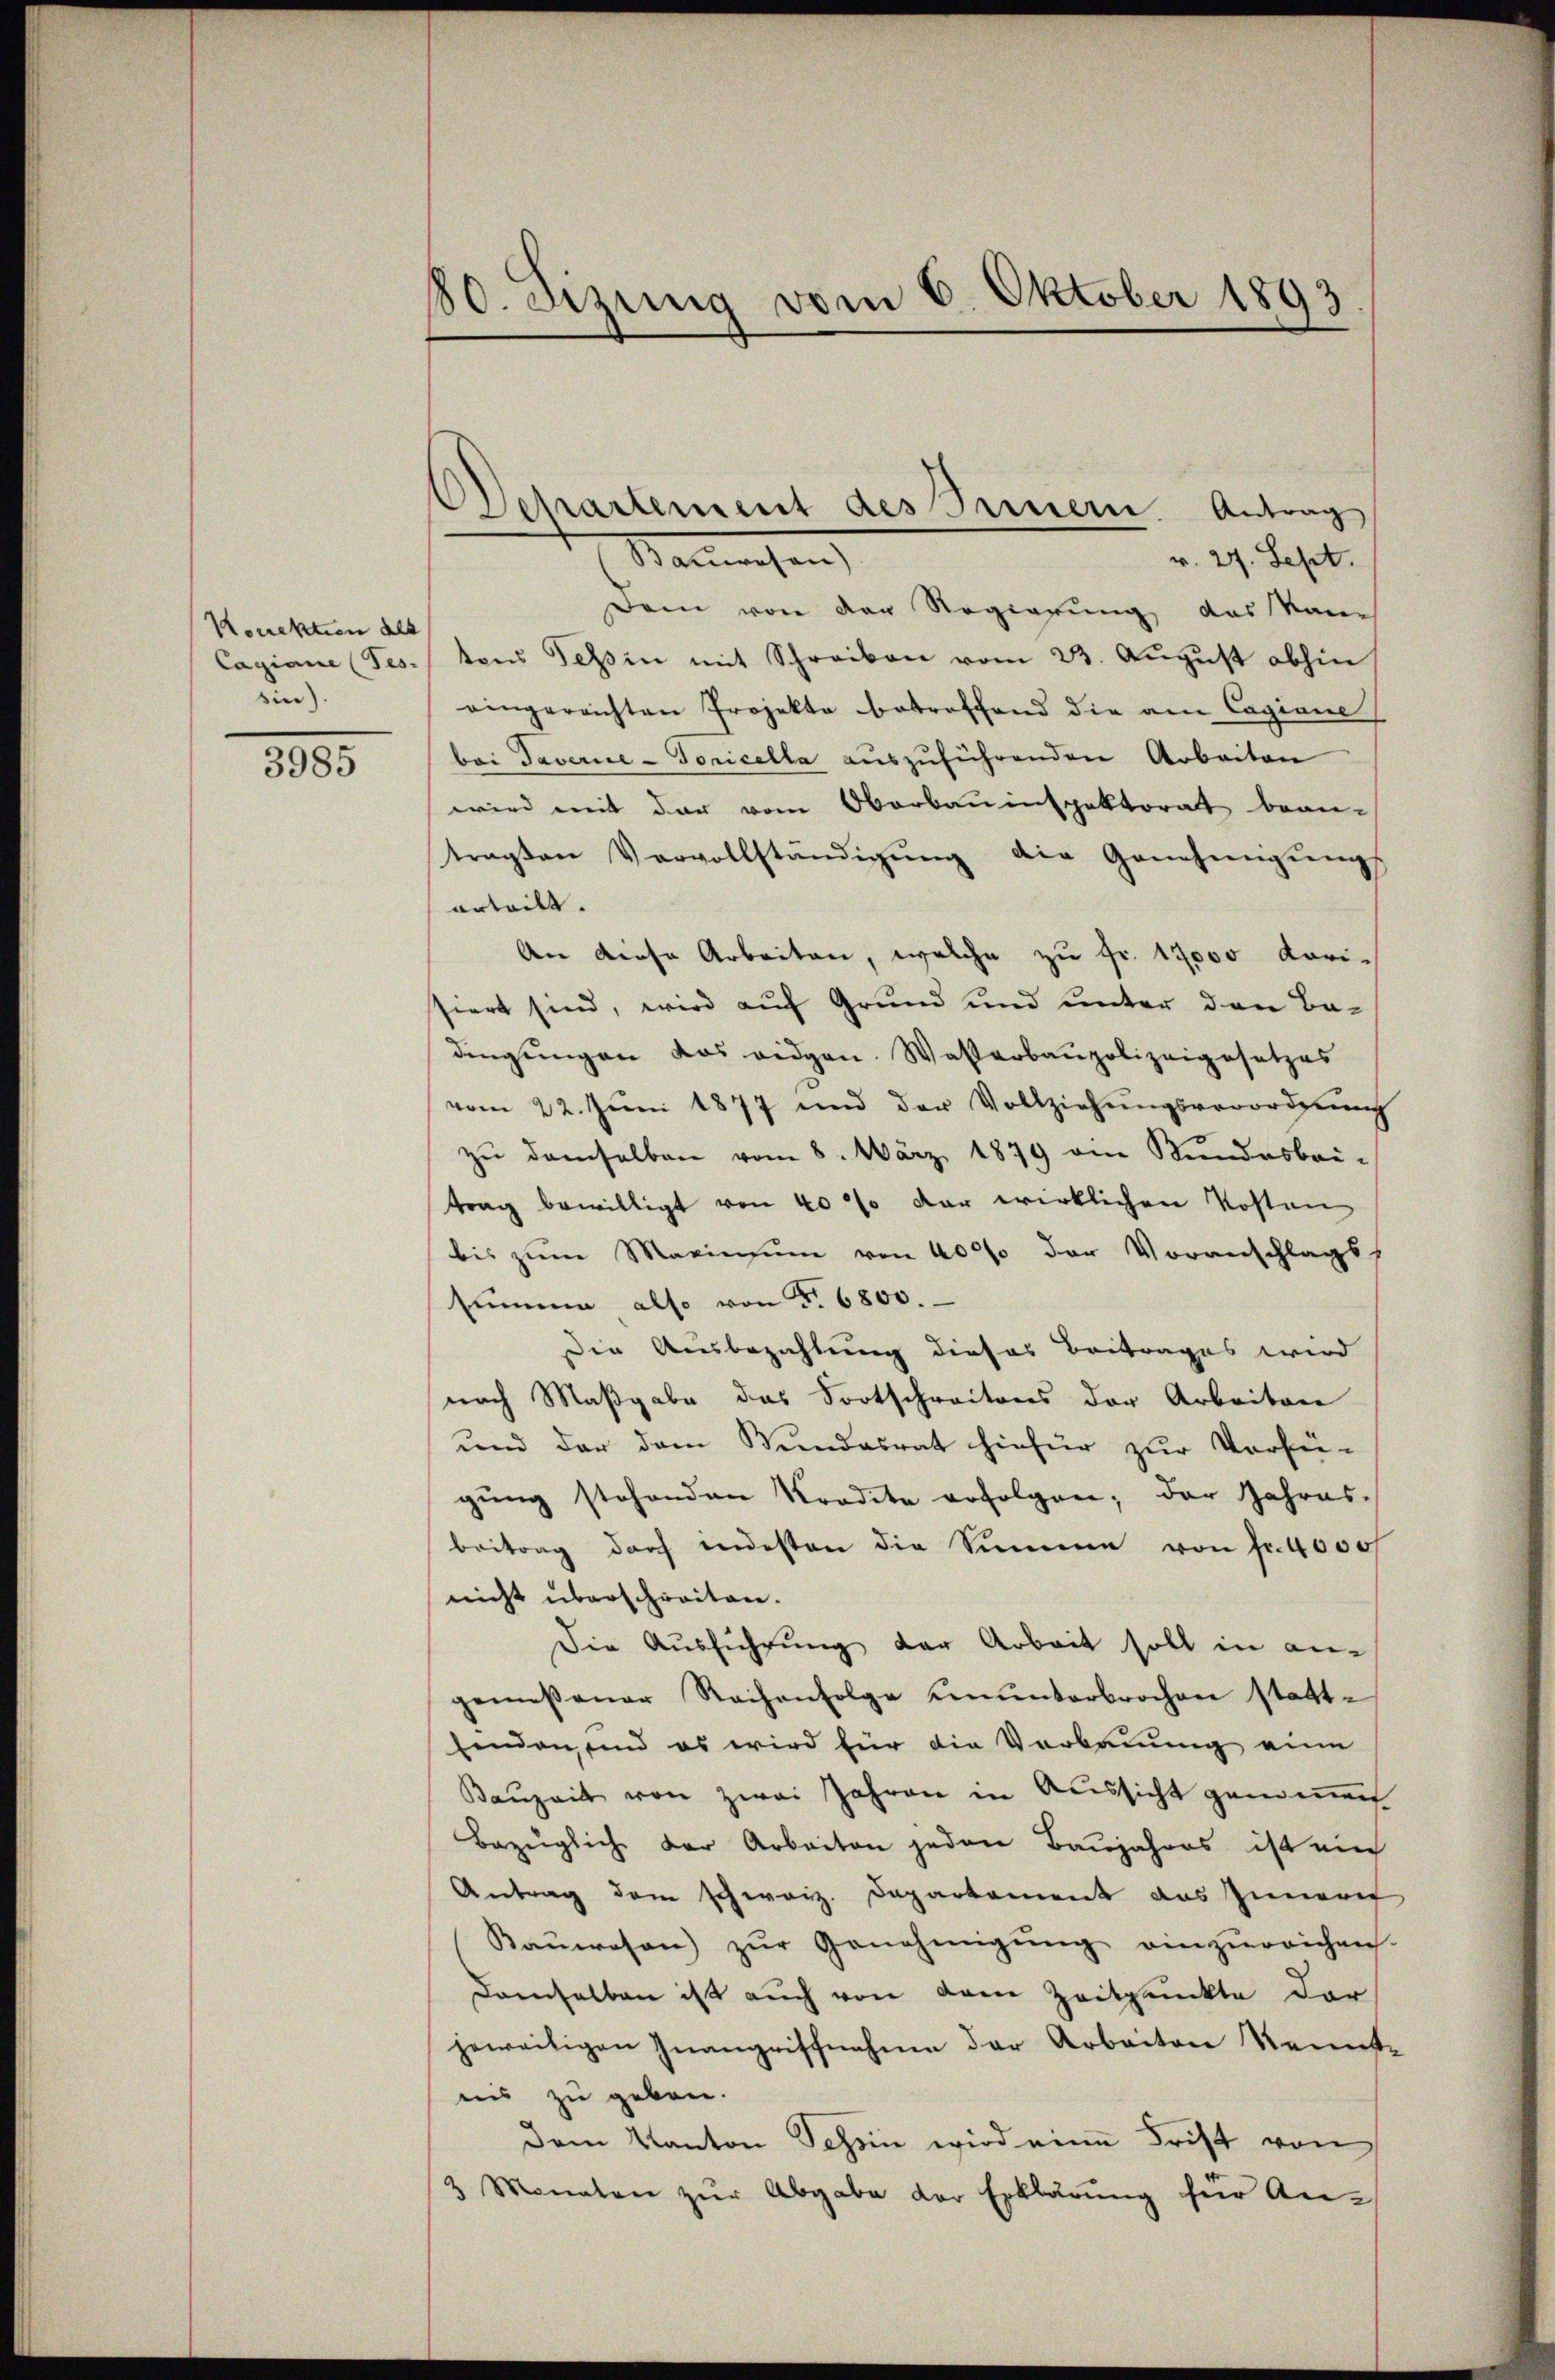
Konektion als
Cagiane (Fes.
ein)

3985

50. Sitzung vom 6. Oktober 1893

Departement des Bernern. Antrag

Nanwesen
v. 27. Sept.
Dem von der Regierung das Name
tens Tessin mit Schreiben vom 23. Aŭgŭst abhin
eingereichten Projekte betreffend die am Cagiane
bei Taverie-Goricella aŭszŭführenden Arbeiten
wird mit der vom Oberbauinspektorat bean-
tragten Vervollständigŭng die Genehmigŭngs
erteilt.
An diese Arbeiten, welche zu Fr. 17000 Korisiert sind, wird auf Grund und unter den Bedingungen das eidgen. Wasserbaupolizeigesetzes
vom 22. Jŭni 1877 und der Vollziehŭngsverordnung
zu demselben vom 8. März 1879 am Bundesbri-
trag bewilligt von 40% der wirklichen Kosten
bis zŭm Marinsum von 40000 der Voranschlags
summe also von 5. 6800.
Die Ausbezahlung dieses Beitrages wird
nach Maßgabe das Fortschreitens der Arbeiten
und der dem Bundesrat hiefür zur Verfü-
gŭng stehenden Krodete erfolgen; der Jahres-
beitrag doch indesten die Summen von Fr. 4000f
nicht überschreiten.
Die Ausführung der Arbeit soll in angemeßener Reihenfolge ŭnŭnterbrochen statt-
finden sind es wird für die Verbauung eine
Bauzeit von zwei Jahren in Aussicht genommen
Bezüglich der Arbeiten jeden Baŭjahres ist ein
Antrag dem schweiz. Departement das Innere
Baŭwesen zŭr Genehmigŭng einzŭreichnis.
Demselben ist auch von dem Zeitpunkte dar
jeweitigen Inangriffnahme der Arbeiten Rennste
in zu geben.
dem Kanton Tessin wird eine Frist von
2 Monaten zŭr Abgabe der Erklärŭng für An-